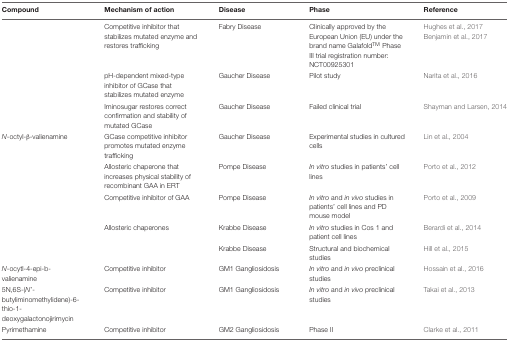
<table><thead><tr><td><b>Compound</b></td><td><b>Mechanism of action</b></td><td><b>Disease</b></td><td><b>Phase</b></td><td><b>Reference</b></td></tr></thead><tbody><tr><td>[EMPTY_CELL]</td><td>Competitive inhibitor that stabilizes mutated enzyme and restores trafficking</td><td>Fabry Disease</td><td>Clinically approved by the European Union (EU) under the brand name Galafold<sup>TM</sup> Phase III trial registration number: NCT00925301</td><td>Hughes et al., 2017Benjamin et al., 2017</td></tr><tr><td>[EMPTY_CELL]</td><td>pH-dependent mixed-type inhibitor of GCase that stabilizes mutated enzyme</td><td>Gaucher Disease</td><td>Pilot study</td><td>Narita et al., 2016</td></tr><tr><td>[EMPTY_CELL]</td><td>Iminosugar restores correct confirmation and stability of mutated GCase</td><td>Gaucher Disease</td><td>Failed clinical trial</td><td>Shayman and Larsen, 2014</td></tr><tr><td><i>N</i>-octyl-β-valienamine</td><td>GCase competitive inhibitor promotes mutated enzyme trafficking</td><td>Gaucher Disease</td><td>Experimental studies in cultured cells</td><td>Lin et al., 2004</td></tr><tr><td>[EMPTY_CELL]</td><td>Allosteric chaperone that increases physical stability of recombinant GAA in ERT</td><td>Pompe Disease</td><td><i>In vitro</i> studies in patients’ cell lines</td><td>Porto et al., 2012</td></tr><tr><td>[EMPTY_CELL]</td><td>Competitive inhibitor of GAA</td><td>Pompe Disease</td><td><i>In vitro</i> and <i>in vivo</i> studies in patients’ cell lines and PD mouse model</td><td>Porto et al., 2009</td></tr><tr><td>[EMPTY_CELL]</td><td>Allosteric chaperones</td><td>Krabbe Disease</td><td><i>In vitro</i> studies in Cos 1 and patient cell lines</td><td>Berardi et al., 2014</td></tr><tr><td>[EMPTY_CELL]</td><td>[EMPTY_CELL]</td><td>Krabbe Disease</td><td>Structural and biochemical studies</td><td>Hill et al., 2015</td></tr><tr><td><i>N</i>-ocytl-4-epi-b-valienamine</td><td>Competitive inhibitor</td><td>GM1 Gangliosidosis</td><td><i>In vitro</i> and <i>in vivo</i> preclinical studies</td><td>Hossain et al., 2016</td></tr><tr><td>5N,6S-(<i>N</i>’-butyliminomethylidene)-6-thio-1-deoxygalactonojirimycin</td><td>Competitive inhibitor</td><td>GM1 Gangliosidosis</td><td><i>In vitro</i> and <i>in vivo</i> preclinical studies</td><td>Takai et al., 2013</td></tr><tr><td>Pyrimethamine</td><td>Competitive inhibitor</td><td>GM2 Gangliosidosis</td><td>Phase II</td><td>Clarke et al., 2011</td></tr></tbody></table>